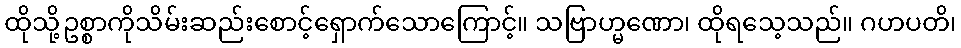
ထိုသို့ဥစ္စာကိုသိမ်းဆည်းစောင့်ရှောက်သောကြောင့်။ သဗြာဟ္မဏော၊ ထိုရသေ့သည်။ ဂဟပတိ၊